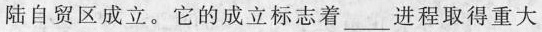
陆自贸区成立。它的成立标志着___进程取得重大